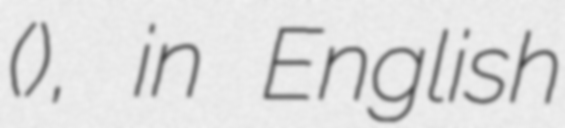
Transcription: (文化刺繍), in English